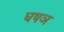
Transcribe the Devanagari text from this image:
घषञ